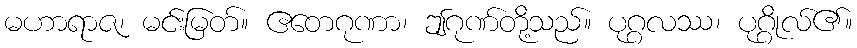
မဟာရာဇ၊ မင်းမြတ်။ ဧတေဂုဏာ၊ ဤဂုဏ်တို့သည်။ ပုဂ္ဂလဿ၊ ပုဂ္ဂိုလ်၏။